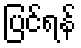
ပြင်ရန်